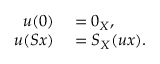
\begin{array} { r l } { u ( 0 ) } & { { } = 0 _ { X } , } \\ { u ( S x ) } & { { } = S _ { X } ( u x ) . } \end{array}